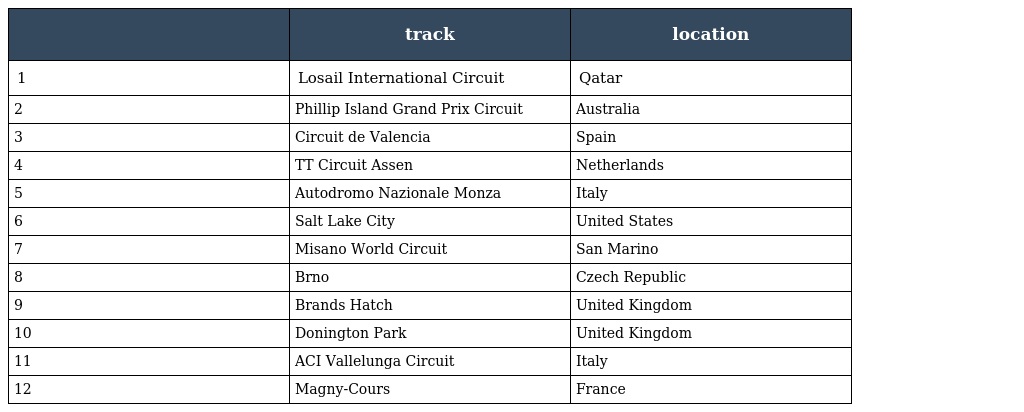
|  | track | location |
 | --- | --- | --- |
 | 1 | Losail International Circuit | Qatar |
 | 2 | Phillip Island Grand Prix Circuit | Australia |
 | 3 | Circuit de Valencia | Spain |
 | 4 | TT Circuit Assen | Netherlands |
 | 5 | Autodromo Nazionale Monza | Italy |
 | 6 | Salt Lake City | United States |
 | 7 | Misano World Circuit | San Marino |
 | 8 | Brno | Czech Republic |
 | 9 | Brands Hatch | United Kingdom |
 | 10 | Donington Park | United Kingdom |
 | 11 | ACI Vallelunga Circuit | Italy |
 | 12 | Magny-Cours | France |